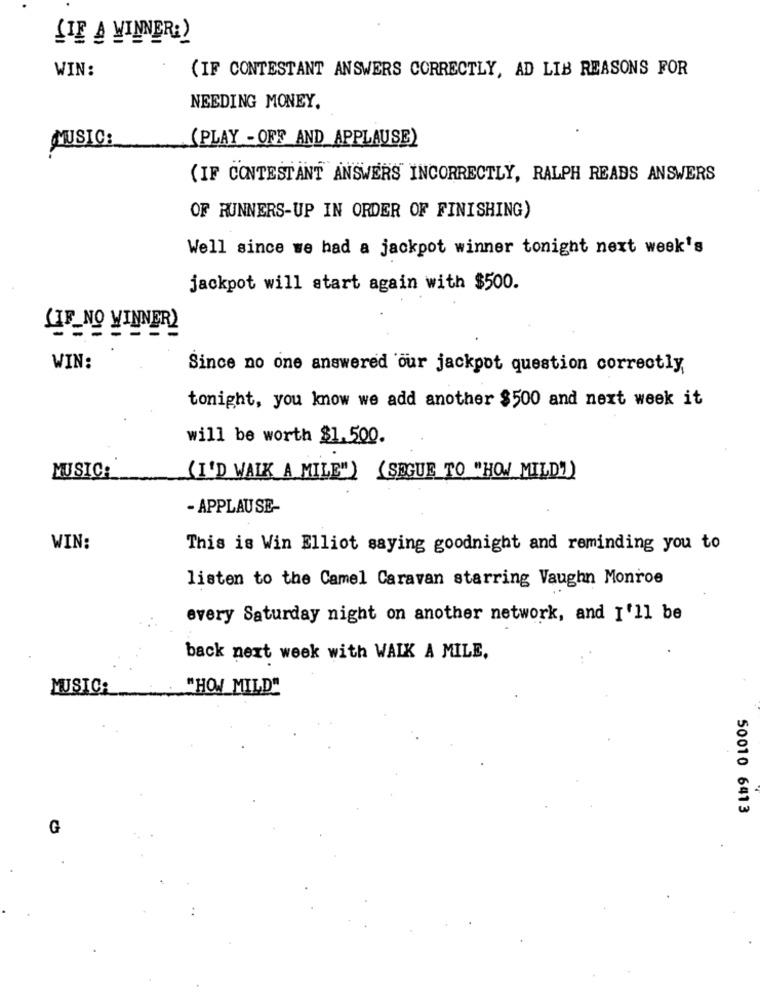
[IE A WINNER:)
WIN:
(IF CONTESTANT ANSWERS CORRECTLY, AD LIB REASONS FOR
NEEDING MONEY.
MUSIC:
(PLAY - OFF AND APPLAUSE)
(IF CONTESTANT ANSWERS INCORRECTLY, RALPH READS ANSWERS
OF RUNNERS-UP IN ORDER OF FINISHING)
Well since we had a jackpot winner tonight next week's
jackpot will start again with $500.
(IF_ NO VINNER)
WIN:
Since no one answered our jackpot question correctly
tonight, you know we add another $500 and next week it
will be worth $1.500.
.
MUSIC:
(I'D WALK A MILE") (SEGUE TO "HOW MILD!)
- APPLAU SE-
WIN:
This is Win Elliot saying goodnight and reminding you to
listen to the Camel Caravan starring Vaughn Monroe
every Saturday night on another network, and I'll be
back next week with WAIK A MILE.
MUSIC:
"HOW_MILD"
50010 6413
G